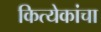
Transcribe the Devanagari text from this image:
कित्येकांचा